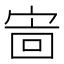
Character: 𫳖